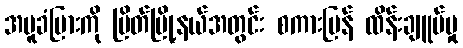
အပူခံပြားကို မြိတ်မြို့နယ်အတွင်း စကားပြန် ထိန်းချူပ်မှု